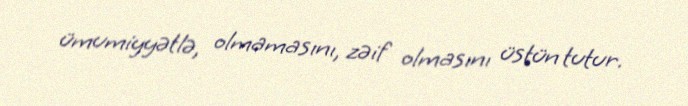
ümumiyyətlə, olmamasını, zəif olmasını üstün tutur.